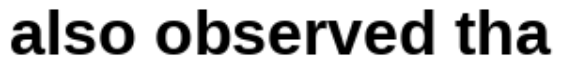
also observed tha